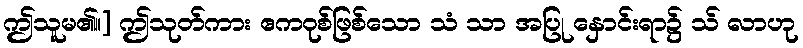
ဤသူမ၏။] ဤသုတ်ကား ဧကဝုစ်ဖြစ်သော သံ သာ အပြု နှောင်းရာ၌ သ် လာဟု